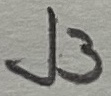
Text: J3